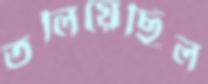
তলিয়েছিল